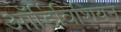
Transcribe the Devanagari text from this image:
ऑर्डिविशियन